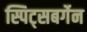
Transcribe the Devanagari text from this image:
स्पिट्सबर्गेन